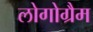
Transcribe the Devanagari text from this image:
लोगोग्रैम